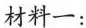
材料一：